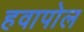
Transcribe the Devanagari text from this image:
हवापोल